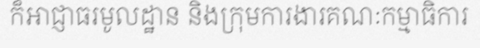
ក៏អាជ្ញាធរមូលដ្ឋាន និងក្រុមការងារគណៈកម្មាធិការ